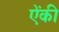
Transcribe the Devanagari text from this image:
ऐंकी